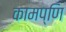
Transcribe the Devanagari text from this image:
कामप्णि